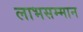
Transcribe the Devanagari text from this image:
लाभसम्मान